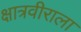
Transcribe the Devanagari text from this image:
क्षात्रवीराला